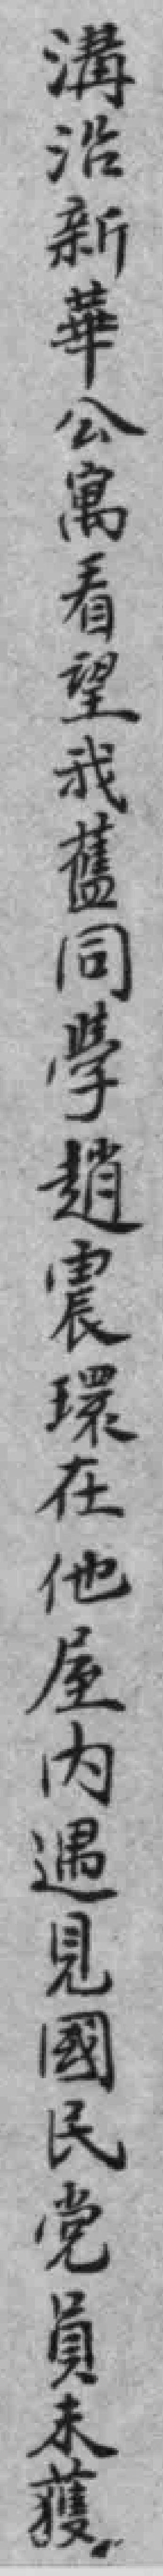
溝沿新華公寓看望我舊同學趙震環在他屋内遇見國民党員未獲